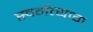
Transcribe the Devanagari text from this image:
स्वर्गत्याग